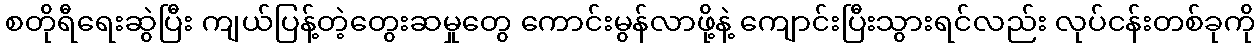
စတိုရီရေးဆွဲပြီး ကျယ်ပြန့်တဲ့တွေးဆမှုတွေ ကောင်းမွန်လာဖို့နဲ့ ကျောင်းပြီးသွားရင်လည်း လုပ်ငန်းတစ်ခုကို